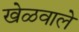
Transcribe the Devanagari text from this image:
खेळवाले